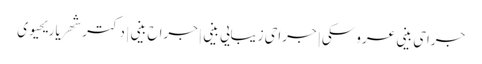
جراحی بینی عروسکی | جراحی زیبایی بینی |جراح بینی | دکتر شهریار یحیوی